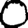
Digit: 0